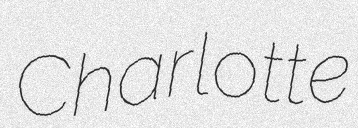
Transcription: Charlotte